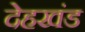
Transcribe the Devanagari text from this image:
देहखंड